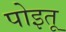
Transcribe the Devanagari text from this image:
पोइतू